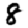
Digit: 8